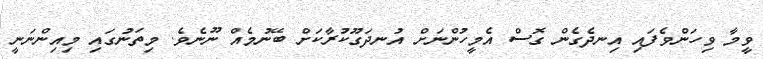
ވީމާ ވިހަންވެފައި އިނދެގެން ގޮސް އެމީހުންނަށް އުނދަގޫކުރާކަށް ބޭނުމެއް ނޫނެވެ. މިތަނުގައި މިއިންނަނީ